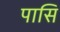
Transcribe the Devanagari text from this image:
पासि